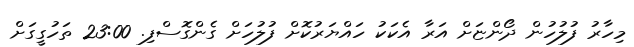
މިހާރު ފުލުހުން ދޯންޏަށް އަރާ އެކަކު ހައްޔަރުކޮށް ފުލުހަށް ގެންގޮސްފި. 23:00 ތަހުގީގަށް